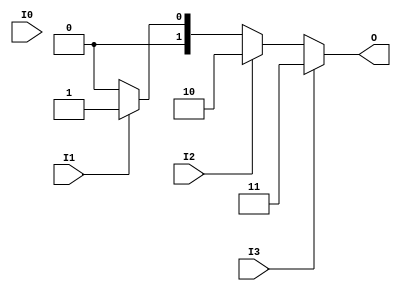
module relative_encoder (
    input wire I0,   // Input 0
    input wire I1,   // Input 1
    input wire I2,   // Input 2
    input wire I3,   // Input 3
    output reg [1:0] O  // 2-bit output
);

// Always block for combinational logic
always @(*) begin
    // Default output state (no active inputs)
    O = 2'b00; // Default output when no inputs are active

    // Check inputs from highest index to lowest
    if (I3) begin
        O = 2'b11; // Output for I3 active
    end else if (I2) begin
        O = 2'b10; // Output for I2 active
    end else if (I1) begin
        O = 2'b01; // Output for I1 active
    end else if (I0) begin
        O = 2'b00; // Output for I0 active
    end
    // If all inputs are 0, O remains 2'b00
end

endmodule